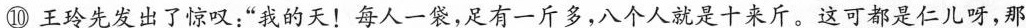
⑩王玲先发出了惊叹:“我的天!每人一袋，足有一斤多，八个人就是十来斤。这可都是仁儿呀，那